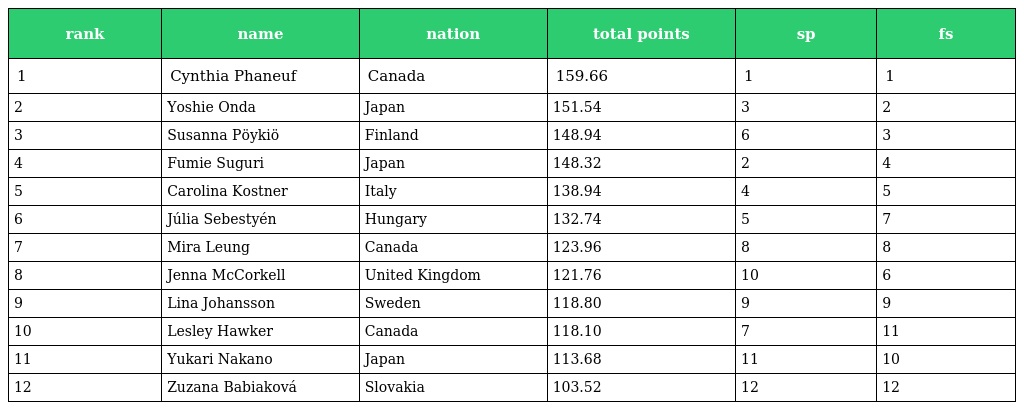
| rank | name | nation | total points | sp | fs |
 | --- | --- | --- | --- | --- | --- |
 | 1 | Cynthia Phaneuf | Canada | 159.66 | 1 | 1 |
 | 2 | Yoshie Onda | Japan | 151.54 | 3 | 2 |
 | 3 | Susanna Pöykiö | Finland | 148.94 | 6 | 3 |
 | 4 | Fumie Suguri | Japan | 148.32 | 2 | 4 |
 | 5 | Carolina Kostner | Italy | 138.94 | 4 | 5 |
 | 6 | Júlia Sebestyén | Hungary | 132.74 | 5 | 7 |
 | 7 | Mira Leung | Canada | 123.96 | 8 | 8 |
 | 8 | Jenna McCorkell | United Kingdom | 121.76 | 10 | 6 |
 | 9 | Lina Johansson | Sweden | 118.80 | 9 | 9 |
 | 10 | Lesley Hawker | Canada | 118.10 | 7 | 11 |
 | 11 | Yukari Nakano | Japan | 113.68 | 11 | 10 |
 | 12 | Zuzana Babiaková | Slovakia | 103.52 | 12 | 12 |